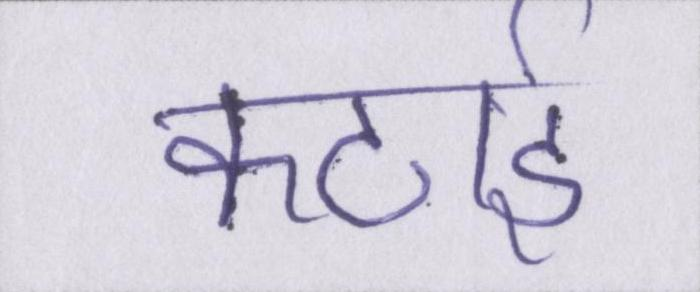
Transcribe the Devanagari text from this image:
कटाई